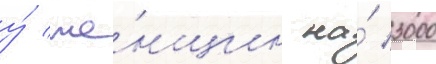
у́ же́нщин на́ 3000